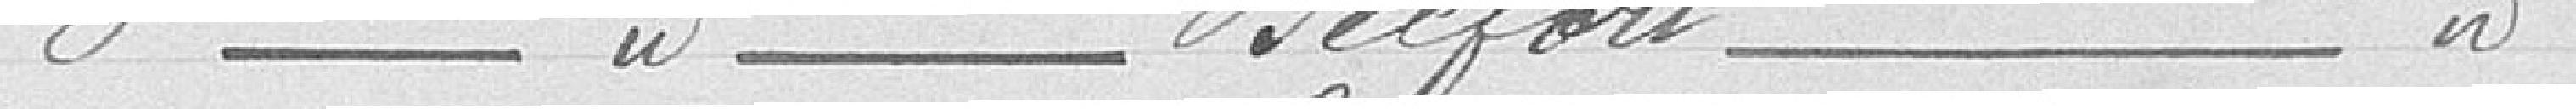
3è Commune de Belfort